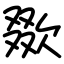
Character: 欼